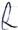
Text: R